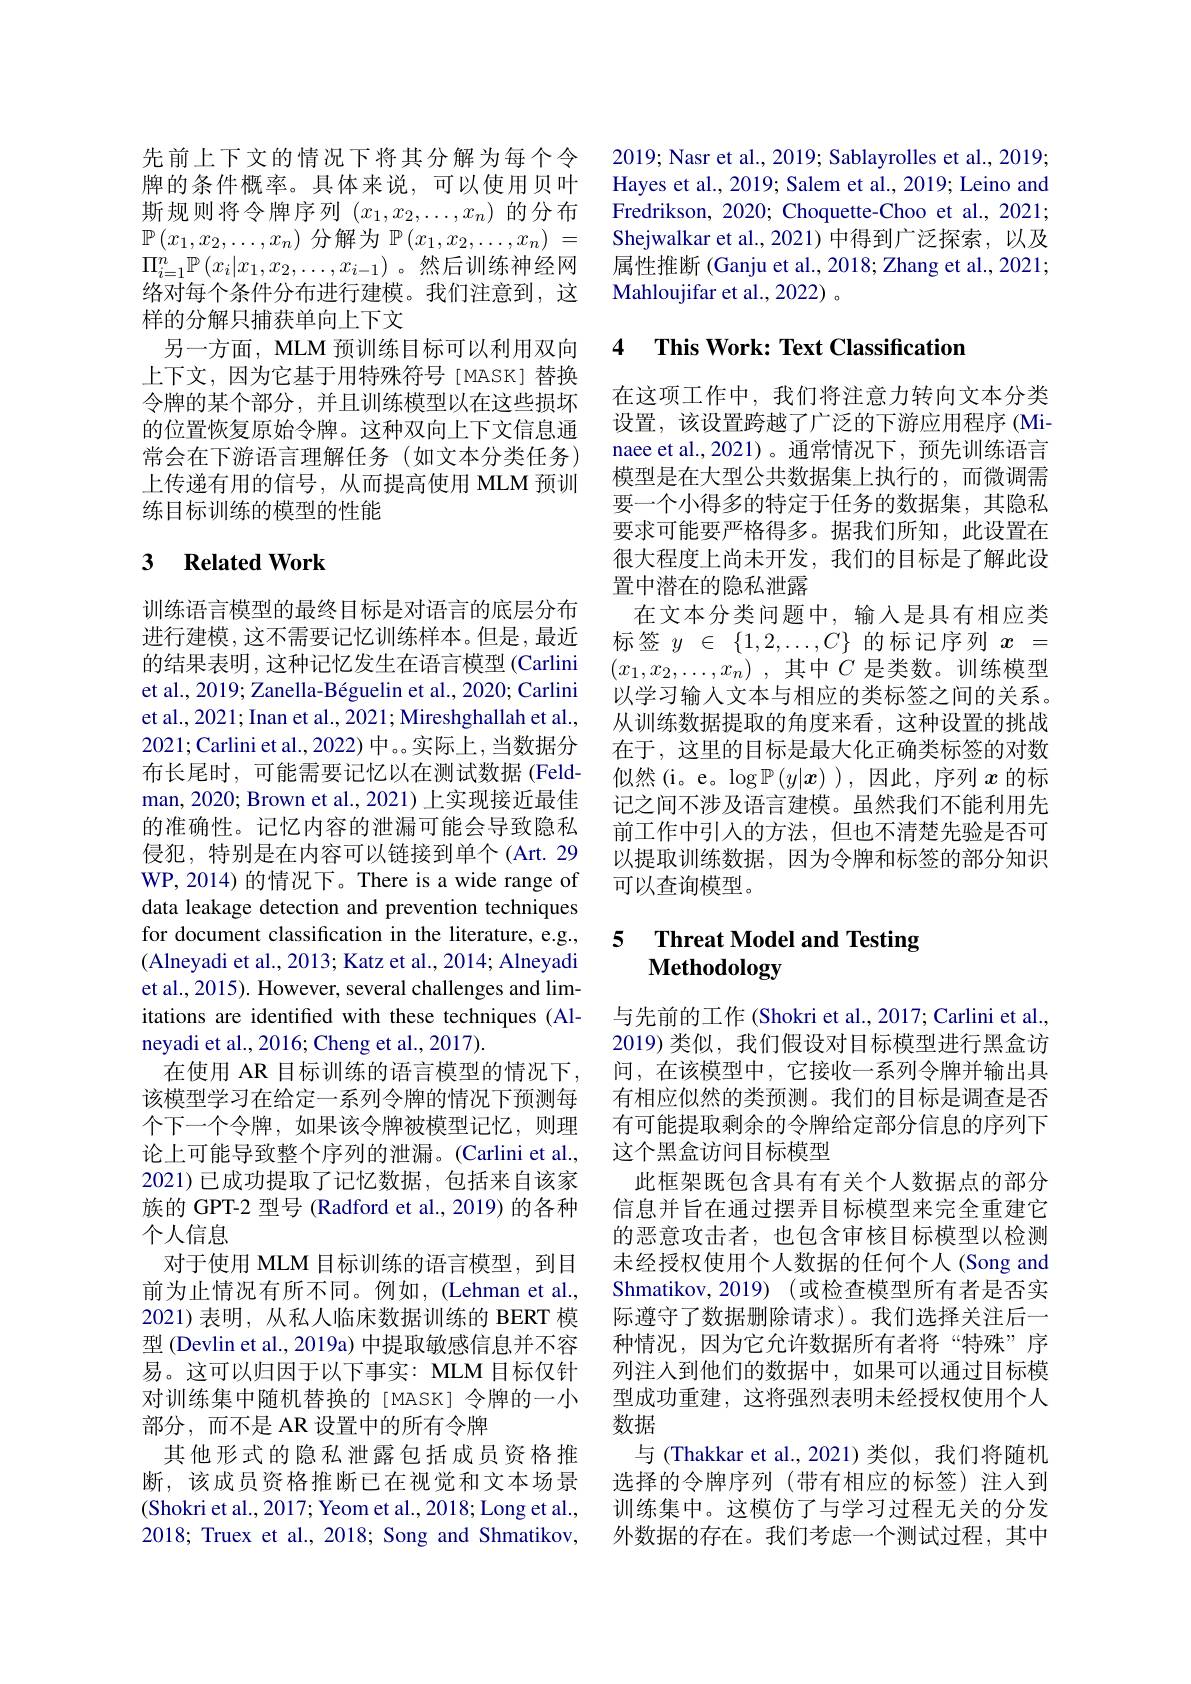
先前上下文的情况下将其分解为每个令牌的条件概率。具体来说，可以使用贝叶斯规则将令牌序列$(x_1,x_2,\ldots,x_n)$的分布$\mathbb{P}\left(x_{1},x_{2},\ldots,x_{n}\right)$分解为$\mathbb{P}\left(x_{1},x_{2},\ldots,x_{n}\right)=$ $\Pi_{i=1}^n\mathbb{P}\left(x_i|x_1,x_2,\ldots,x_{i-1}\right)$。然后训练神经网络对每个条件分布进行建模。我们注意到，这样的分解只捕获单向上下文
另一方面，MLM 预训练目标可以利用双向上下文，因为它基于用特殊符号[MASK] 替换令牌的某个部分，并且训练模型以在这些损坏的位置恢复原始令牌。这种双向上下文信息通常会在下游语言理解任务(如文本分类任务) 上传递有用的信号，从而提高使用 MLM 预训练目标训练的模型的性能

## 3 Related Work

训练语言模型的最终目标是对语言的底层分布进行建模，这不需要记忆训练样本。但是，最近的结果表明，这种记忆发生在语言模型(Carlini et al., 2019; Zanella-Béguelin et al., 2020; Carlini et al., 2021; Inan et al., 2021; Mireshghallah et al., 2021;Carlini et al., 2022) 中。。实际上，当数据分布长尾时，可能需要记忆以在测试数据(Feldman, 2020; Brown et al., 2021) 上实现接近最佳的准确性。记忆内容的泄漏可能会导致隐私侵犯，特别是在内容可以链接到单个(Art. 29 WP,2014)的情况下。There is a wide range of data leakage detection and prevention techniques for document classification in the literature, e.g., (Alneyadi et al., 2013; Katz et al., 2014; Alneyadi et al., 2015). However, several challenges and limitations are identified with these techniques (Alneyadi et al., 2016; Cheng et al., 2017).
在使用 AR 目标训练的语言模型的情况下， 该模型学习在给定一系列令牌的情况下预测每个下一个令牌，如果该令牌被模型记忆，则理论上可能导致整个序列的泄漏。(Carlini et al., 2021)已成功提取了记忆数据，包括来自该家族的 GPT-2 型号 (Radford et al., 2019) 的各种个人信息
对于使用 MLM 目标训练的语言模型，到目前为止情况有所不同。例如，(Lehman et al., 2021)表明，从私人临床数据训练的 BERT 模型 (Devlin et al., 2019a) 中提取敏感信息并不容易。这可以归因于以下事实：MLM 目标仅针对训练集中随机替换的[MASK] 令牌的一小部分，而不是 AR 设置中的所有令牌
其他形式的隐私泄露包括成员资格推断，该成员资格推断已在视觉和文本场景(Shokri et al., 2017; Yeom et al., 2018; Long et al., 2018; Truex et al., 2018; Song and Shmatikov,

2019; Nasr et al., 2019; Sablayrolles et al., 2019; Hayes et al., 2019; Salem et al., 2019; Leino and Fredrikson, 2020; Choquette-Choo et al., 2021; Shejwalkar et al., 2021) 中得到广泛探索，以及属性推断 (Ganju et al., 2018; Zhang et al., 2021; Mahloujifar et al., 2022) 。

### 4 $\textbf{This Work: Text Classification}$

在这项工作中，我们将注意力转向文本分类设置，该设置跨越了广泛的下游应用程序(Minaee et al.,2021)。通常情况下，预先训练语言模型是在大型公共数据集上执行的，而微调需要一个小得多的特定于任务的数据集，其隐私要求可能要严格得多。据我们所知，此设置在很大程度上尚未开发，我们的目标是了解此设置中潜在的隐私泄露
在文本分类问题中，输入是具有相应类标签$y\in\{1,2,\ldots,C\}$的标记序列$x=$ $( x_1, x_2, \ldots , x_n)$ ,其中$C$ 是类数。训练模型以学习输入文本与相应的类标签之间的关系。从训练数据提取的角度来看，这种设置的挑战在于，这里的目标是最大化正确类标签的对数似然(i。e。$\log\mathbb{P}\left(y|\boldsymbol{x}\right)$),因此，序列$x$的标记之间不涉及语言建模。虽然我们不能利用先前工作中引入的方法，但也不清楚先验是否可以提取训练数据，因为令牌和标签的部分知识可以查询模型。

### 5 $\textbf{Threat Model and Testing}$ Methodology

与先前的工作 (Shokri et al., 2017; Carlini et al., 2019)类似，我们假设对目标模型进行黑盒访间，在该模型中，它接收一系列令牌并输出具有相应似然的类预测。我们的目标是调查是否有可能提取剩余的令牌给定部分信息的序列下这个黑盒访问目标模型
此框架既包含具有有关个人数据点的部分信息并旨在通过摆弄目标模型来完全重建它的恶意攻击者，也包含审核目标模型以检测未经授权使用个人数据的任何个人(Song and Shmatikov, 2019) (或检查模型所有者是否实际遵守了数据删除请求)。我们选择关注后一种情况，因为它允许数据所有者将“特殊”序列注人到他们的数据中，如果可以通过目标模型成功重建，这将强烈表明未经授权使用个人数据
与 (Thakkar et al., 2021) 类似，我们将随机选择的令牌序列 (带有相应的标签)注人到训练集中。这模仿了与学习过程无关的分发外数据的存在。我们考虑一个测试过程，其中